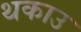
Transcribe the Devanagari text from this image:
थकाउ